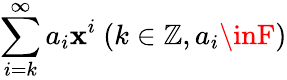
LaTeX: \sum_{i=k}^{\infty}a_{i}\mathbf{x}^{i}\ (k\in\mathbb{{Z}},a_{i}\inF)